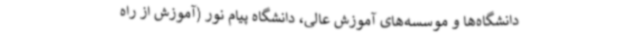
دانشگاه‌ها و موسسه‌های آموزش عالی، دانشگاه پیام نور (آموزش از راه